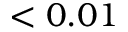
< 0 . 0 1